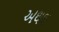
અથથ